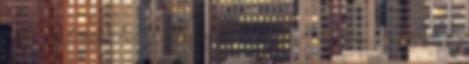
a főhősnőt hozzámenni a „rosszfiúhoz”. Fotó: pinterest.com Austen még